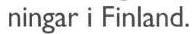
 ningar i Finland.